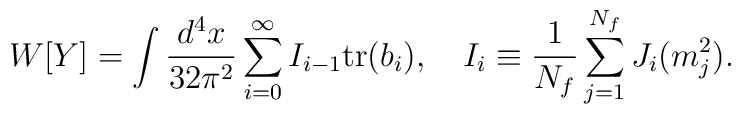
W[Y]=\int\frac{d^4x}{32\pi^2}\sum^\infty_{i=0}I_{i-1}\mbox{tr}(b_i),   \quad I_i\equiv\frac{1}{N_f}\sum_{j=1}^{N_f}J_i(m^2_j).